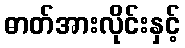
ဓာတ်အားလိုင်းနှင့်